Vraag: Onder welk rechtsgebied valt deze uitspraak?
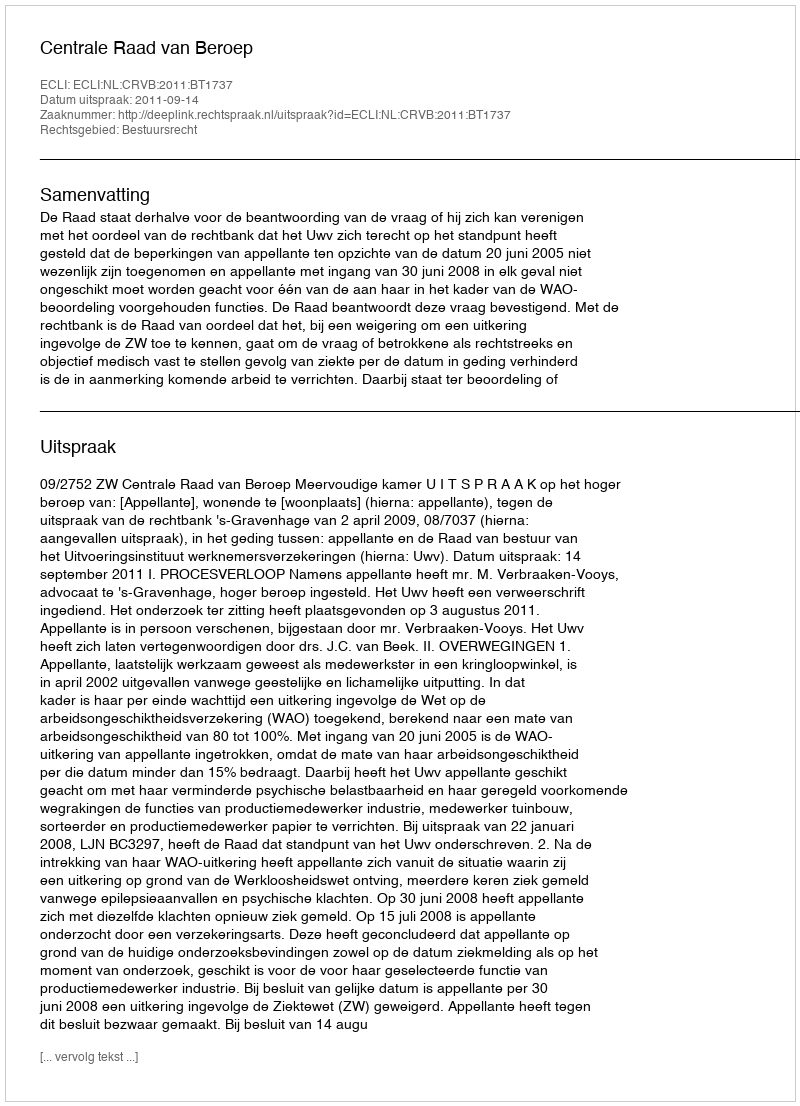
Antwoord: Bestuursrecht